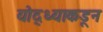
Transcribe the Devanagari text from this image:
योद्ध्याकडून